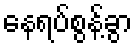
နေရပ်စွန့်ခွာ